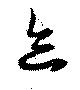
迹